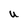
Character: U